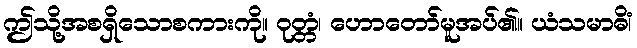
ဤသို့အစရှိသောစကားကို။ ဝုတ္တံ၊ ဟောတော်မူအပ်၏။ ယံသမာဓိံ၊